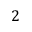
2